Some observations on the poison of the banded krait (Bungarus fasciatus) - Number 7
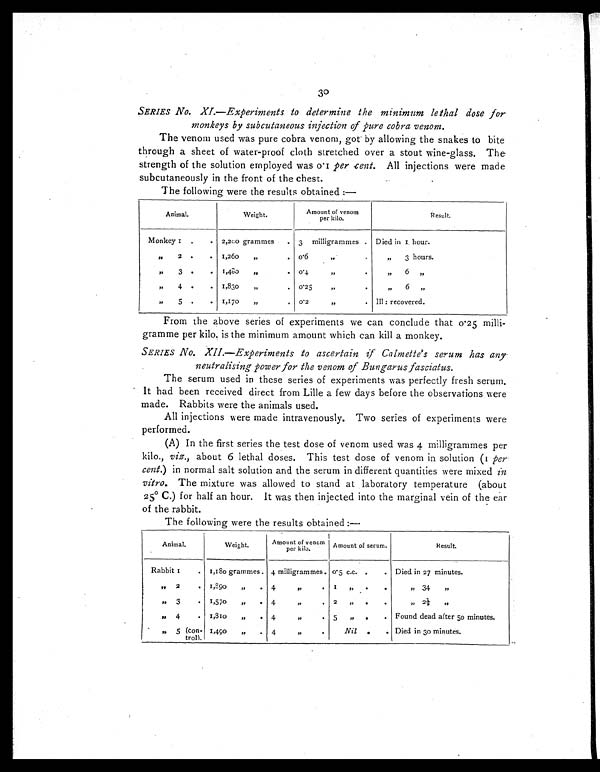
30
SERIES No. XI.—Experiments to determine the minimum lethal dose for
monkeys by subcutaneous injection of pure cobra venom.
The venom used was pure cobra venom, got by allowing the snakes to bite
through a sheet of water-proof cloth stretched over a stout wine-glass. The
strength of the solution employed was 0.1 per cent. All injections were made
subcutaneously in the front of the chest.
The following were the results obtained :—
Animal.
Weight.
Amount of venom
per kilo.
Result.
Monkey 1 .
. 2,200 grammes
. 3 milligrammes . D i e d i n 1 h o u r .
"
2 .
. 1,260
„
.
0 . 6
"
,,
3 hours.
,,
3
. . 1,480
„
.
0 . 4 " .
"
6 "
"
4 .
. 1,830
".
0 . 2 5 " .
"
6 "
" 5
. . 1,170
„
. 0.2
"
. III : recovered.
From the above series of experiments we can conclude that 0.25 milli-
gramme per kilo. is the minimum amount which can kill a monkey.
SERIES No. XII.—Experiments to ascertain if Calmette's serum has
any
neutralising power for the venom of Bungarus fasciatus.
The serum used in these series of experiments was perfectly fresh serum.
It had been received direct from Lille a few days before the observations were
made. Rabbits were the animals used.
All injections were made intravenously. Two series of experiments were
performed.
(A) In the first series the test dose of venom used was 4 milligrammes per
kilo., viz. , about 6 lethal doses. This test dose of venom in solution (1 per
cent.) in normal salt solution and the serum in different quantities were mixed in
vitro . The mixture was allowed to stand at laboratory temperature (about
25° C.) for half an hour. It was then injected into the marginal vein of the ear
of the rabbit.
The following were the results obtained :—
Animal.
Weight.
Amount of venom
per kilo.
Amount of serum.
Result.
Rabbit 1
. 1,180 grammes. 4 milligrammes. 0.5 c.c. .
. Died in 27 minutes.
" 2
. 1,890
".
4
,,
. 1
" .
.
" 3 4 "
" 3
. 1,570
,,
. 4
"
. 2
"
. .
" 2 ½ "
" 4
.
1,810 „ .
4
,,
. 5 ,, .
. Found dead after 50 minutes.
"
5 (con-
trol).
1,490
,,
. 4
".
Nil .
. Died in 30 minutes.